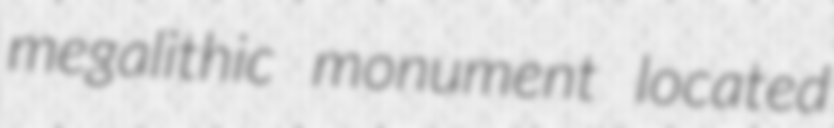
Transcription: megalithic monument located